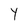
Character: Y